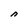
Character: n